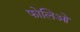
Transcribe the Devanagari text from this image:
फोलिओ